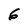
Character: 6